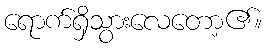
ရောက်ရှိသွားလေတော့၏။